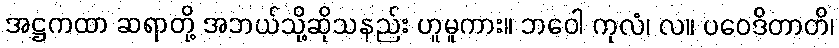
အဋ္ဌကထာ ဆရာတို့ အဘယ်သို့ဆိုသနည်း ဟူမူကား။ ဘဝေါ ကုလံ၊ လ။ ပဝေဒိတာတိ၊